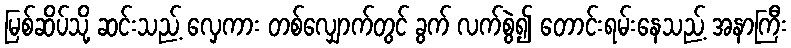
မြစ်ဆိပ်သို့ ဆင်းသည့် လှေကား တစ်လျှောက်တွင် ခွက် လက်စွဲ၍ တောင်းရမ်းနေသည့် အနာကြီး